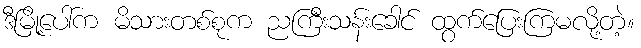
ဒီမြို့ပေါ်က မိသားတစ်စုက ညကြီးသန်းခေါင် ထွက်ပြေးကြမလို့တဲ့။